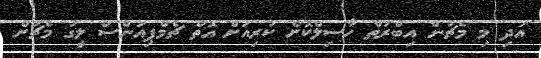
އަދި މި މެޗުން އިބްރަތް ހާސިލްކޮށް ކުރިއަށް އޮތް ޗެމްޕިއަންސް ލީގު މެޗަށް